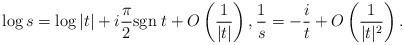
LaTeX: \begin{align*}\log s=\log|t|+i\frac{\pi}{2}{\rm sgn\;}t+O\left(\frac{1}{|t|}\right), \frac{1}{s}=-\frac{i}{t}+O\left(\frac{1}{|t|^2}\right).\end{align*}